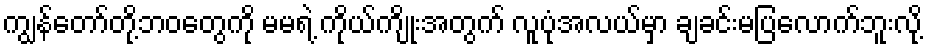
ကျွန်တော်တို့ဘဝတွေကို မမရဲ့ ကိုယ်ကျိုးအတွက် လူပုံအလယ်မှာ ချခင်းမပြလောက်ဘူးလို့